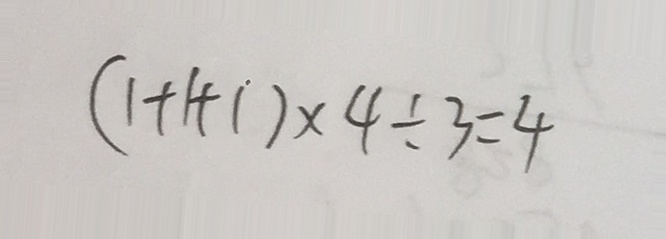
( 1 + 1 + 1 ) \times 4 \div 3 = 4